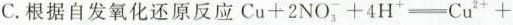
C.根据自发氧化还原反应Cu+2NO_{3}^{-}+4H^{+}=Cu^{2+}+